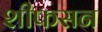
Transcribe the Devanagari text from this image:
शीफसन